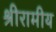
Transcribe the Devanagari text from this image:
श्रीरामीय